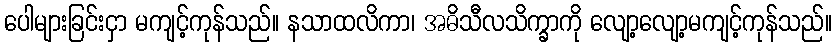
ပေါများခြင်းငှာ မကျင့်ကုန်သည်။ နသာထလိကာ၊ အဓိသီလသိက္ခာကို လျော့လျော့မကျင့်ကုန်သည်။